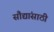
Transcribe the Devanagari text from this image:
सौद्यांसाठी